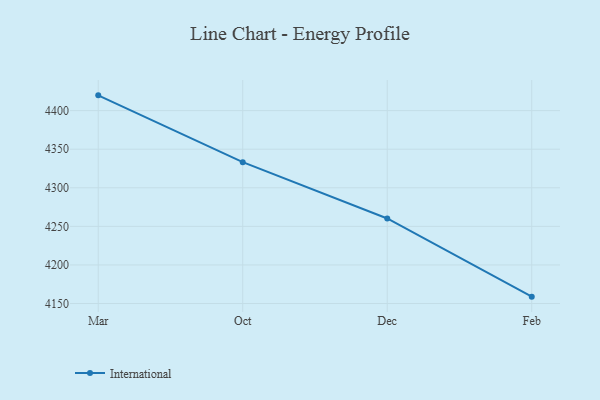
{"axis": {"x": "Month", "y": "Churn Rate (%)"}, "legend": ["International"], "data": [{"x": "Mar", "y": 4419.8, "type": "International"}, {"x": "Oct", "y": 4333.2, "type": "International"}, {"x": "Dec", "y": 4260.2, "type": "International"}, {"x": "Feb", "y": 4158.9, "type": "International"}]}